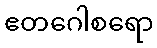
ဧတဂေါစရော